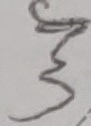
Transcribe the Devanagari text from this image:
ङ